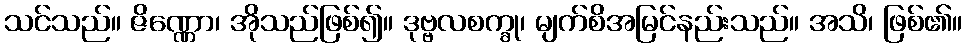
သင်သည်။ ဇိဏ္ဏော၊ အိုသည်ဖြစ်၍။ ဒုဗ္ဗလစက္ခု၊ မျက်စိအမြင်နည်းသည်။ အသိ၊ ဖြစ်၏။